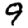
Digit: 9